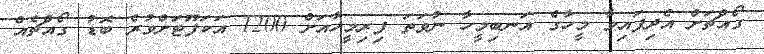
ގޯއްޗަށް އެދިފައިވާ މީހާގެ އަނބިމީހާ ނުވަތަ ފިރިމީހާއަށް 1200 އަކަފޫޓަށްވުރެ ބޮޑު ގޯއްޗެއް